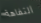
التفاهة